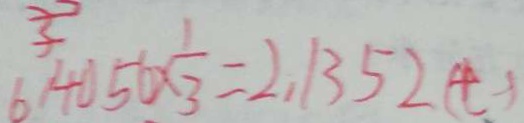
6 . 4 0 5 6 \times \frac { 1 } { 3 } = 2 . 1 3 5 2 ( t )